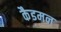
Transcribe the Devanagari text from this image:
कैडमन